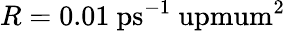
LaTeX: R=0.01~\mathrm{ps^{-1}\ upmum^{2}}